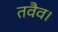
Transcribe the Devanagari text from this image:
तवैव।